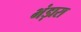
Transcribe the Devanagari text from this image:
भंड़ारा